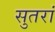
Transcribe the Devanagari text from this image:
सुतरां